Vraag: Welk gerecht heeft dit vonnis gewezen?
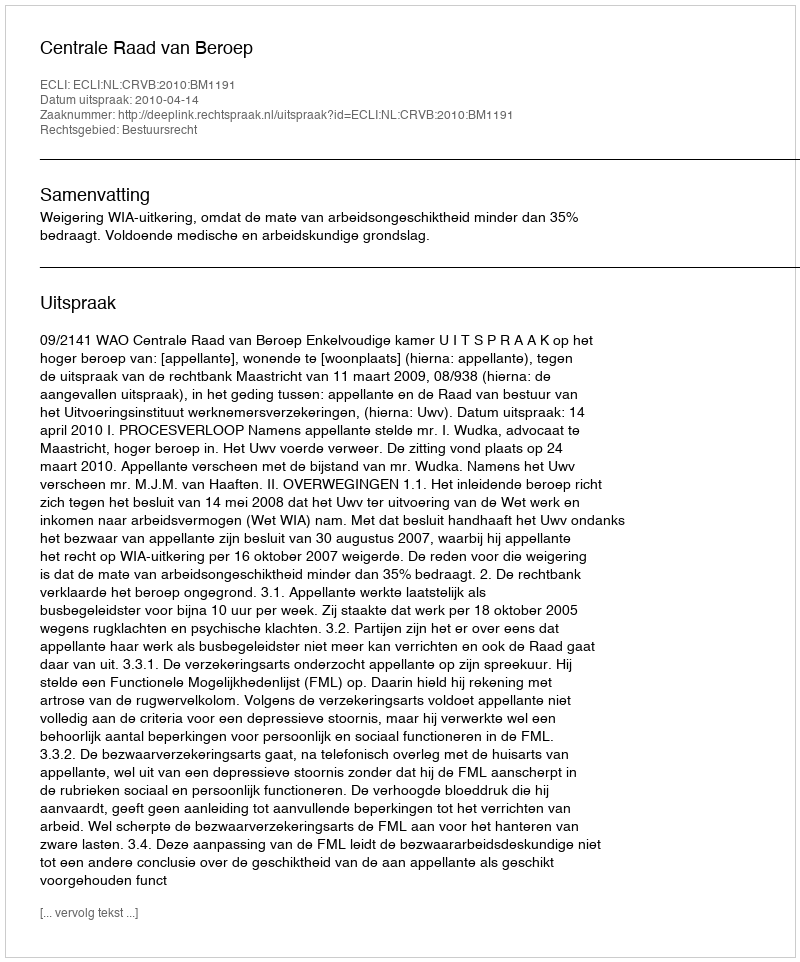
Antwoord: Centrale Raad van Beroep